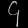
Digit: ၄